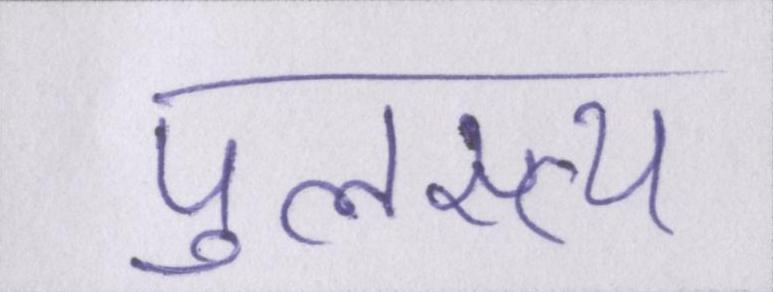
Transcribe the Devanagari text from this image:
पुलस्त्य